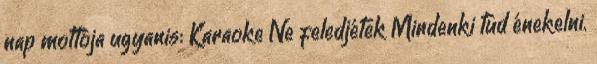
nap mottója ugyanis: Karaoke Ne feledjétek Mindenki tud énekelni.